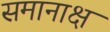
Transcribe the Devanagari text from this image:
समानाक्ष